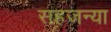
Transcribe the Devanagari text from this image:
सहजन्या